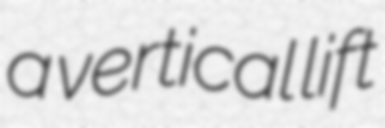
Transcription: a vertical lift